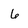
Character: 6